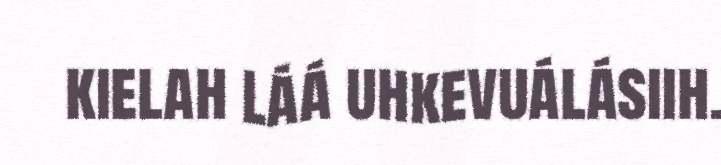
kielah láá uhkevuálásiih.